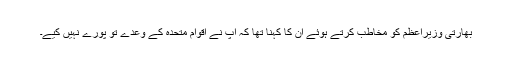
بھارتی وزیراعظم کو مخاطب کرتے ہوئے ان کا کہنا تھا کہ آپ نے اقوام متحدہ کے وعدے تو پورے نہیں کیے۔